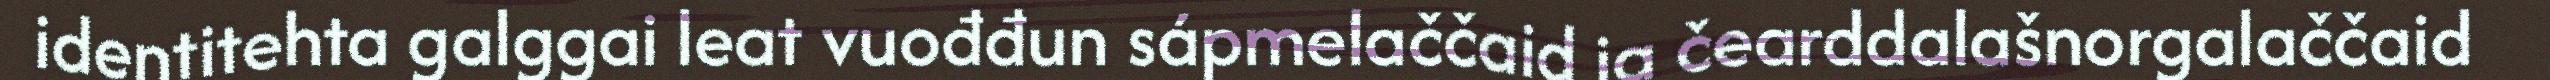
identitehta galggai leat vuođđun sápmelaččaid ja čearddalašnorgalaččaid